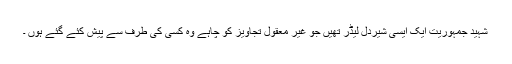
شہید جمہوریت ایک ایسی شیردل لیڈر تھیں جو غیر معقول تجاویز کو چاہے وہ کسی کی طرف سے پیش کئے گئے ہوں ۔